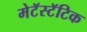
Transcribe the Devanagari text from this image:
मेटॅस्टॅटिक